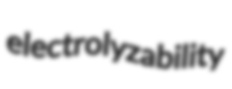
electrolyzability